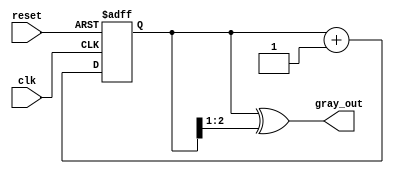
module gray_code_counter (
    input wire clk,          // Clock signal
    input wire reset,        // Asynchronous reset signal
    output reg [2:0] gray_out // 3-bit Gray Code output
);

    reg [2:0] binary_count; // 3-bit binary count

    // Binary to Gray Code conversion
    function [2:0] binary_to_gray;
        input [2:0] binary;
        begin
            binary_to_gray = binary ^ (binary >> 1);
        end
    endfunction

    // Counter process
    always @(posedge clk or posedge reset) begin
        if (reset) begin
            binary_count <= 3'b000; // Reset binary count to 0
        end else begin
            binary_count <= binary_count + 1; // Increment binary count
        end
    end

    // Update Gray Code output
    always @(binary_count) begin
        gray_out <= binary_to_gray(binary_count); // Convert to Gray Code
    end

endmodule